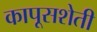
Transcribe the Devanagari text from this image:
कापूसशेती